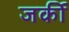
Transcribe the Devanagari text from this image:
जर्की